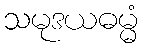
သမုဒယဓမ္မံ